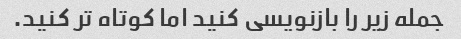
جمله زیر را بازنویسی کنید اما کوتاه تر کنید.